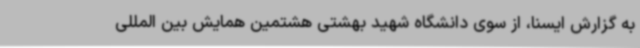
به گزارش ایسنا، از سوی دانشگاه شهید بهشتی هشتمین همایش بین المللی